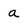
Character: a